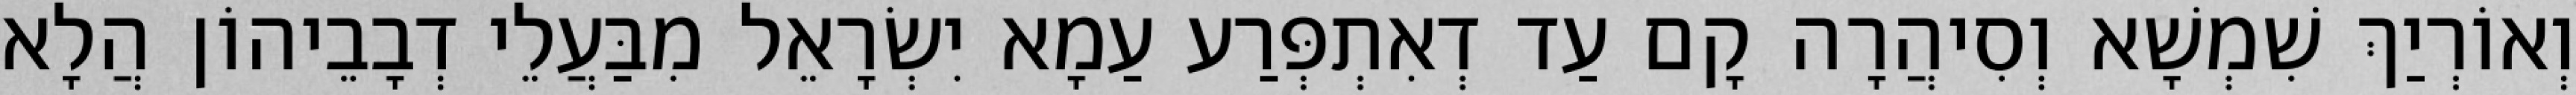
וְאוֹרְיַךְ שִׁמְשָׁא וְסִיהֲרָה קָם עַד דְאִתְפְּרַע עַמָא יִשְׂרָאֵל מִבַּעֲלֵי דְבָבֵיהוֹן הֲלָא